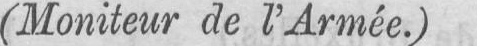
(Moniteur de l’Armée.)